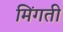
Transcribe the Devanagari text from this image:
मिंगती